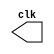
//Nome : Guilherme Rodrigues Melo de Oliveira
// ---------------------------
// -- test clock generator (2)
// ---------------------------
module clock ( clk );
output clk;
reg      clk;
initial
  begin
   clk = 1'b0;
  end
always
  begin
   #12 clk = ~clk;
  end
endmodule
module pulse ( signal, clock );
input  clock;
output signal;
reg      signal;
always @ ( clock )
  begin
        signal = 1'b1;
  #3  signal = 1'b0;
#3  signal = 1'b1;
#3  signal = 1'b0;
end
endmodule // pulse
module trigger ( signal, on, clock );
input  on, clock;
output signal;
reg      signal;
always @ ( posedge clock & on )
  begin
#60 signal = 1'b1;
#60 signal = 1'b0;
end
endmodule // trigger
module Exemplo0042;
wire  clock;
clock clk ( clock );
reg   p;
wire  p1,t1;
pulse   pulse1   ( p1, clock );
trigger trigger1 ( t1, p, clock );
initial begin
   p = 1'b0;
end
initial begin
  $dumpfile ( "Exemplo0042.vcd" );
  $dumpvars ( 1, clock, p1, p, t1 );
#060 p = 1'b1;
#120 p = 1'b0;
#180 p = 1'b1;
#240 p = 1'b0;
#300 p = 1'b1;
#360 p = 1'b0;
#376 $finish;
end
endmodule // Exemplo0042